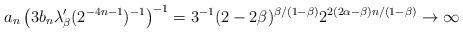
LaTeX: \begin{align*}a_n \left( 3b_n\lambda_\beta'(2^{-4n-1})^{-1} \right)^{-1} = 3^{-1} (2-2\beta)^{\beta/(1-\beta)} 2^{2(2\alpha-\beta)n/(1-\beta)} \to\infty\end{align*}